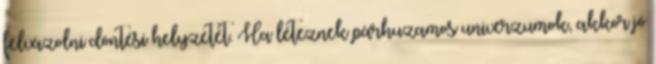
felvázolni döntési helyzetét. Ha léteznek párhuzamos univerzumok, akkor jó